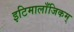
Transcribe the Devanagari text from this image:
इटिमालाँजिकम्